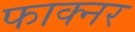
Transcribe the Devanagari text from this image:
फाक्नर